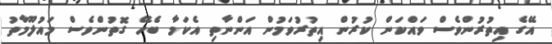
އޭގެ އިތުރުންވެސް ވައްކަން ކުރުން އިތުރުވަމުން އަންނާތި އެކަމާ ބެހޭ ގޮތުންވެސް މައުލޫމާތު